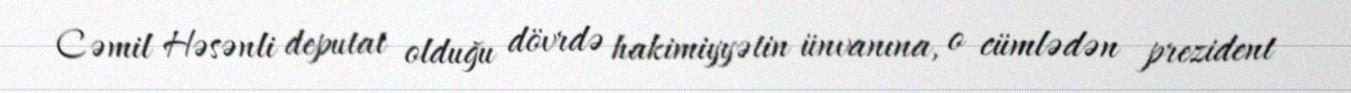
Cəmil Həsənli deputat olduğu dövrdə hakimiyyətin ünvanına, o cümlədən prezident